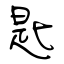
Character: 匙